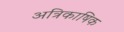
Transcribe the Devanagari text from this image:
अत्रिकाषिक